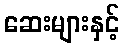
ဆေးများနှင့်